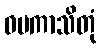
ဝပကာသိတုံ